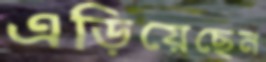
এড়িয়েছেন